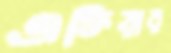
এক্তিয়ার